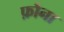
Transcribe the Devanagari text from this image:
फ़ौना